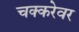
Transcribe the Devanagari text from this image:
चक्करेवर